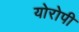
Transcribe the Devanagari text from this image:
योरोपी